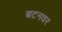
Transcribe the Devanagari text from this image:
बटनवर